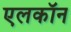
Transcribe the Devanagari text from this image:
एलकॉन